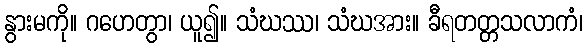
နွားမကို။ ဂဟေတွာ၊ ယူ၍။ သံဃဿ၊ သံဃအား။ ခီရတတ္တသလာကံ၊